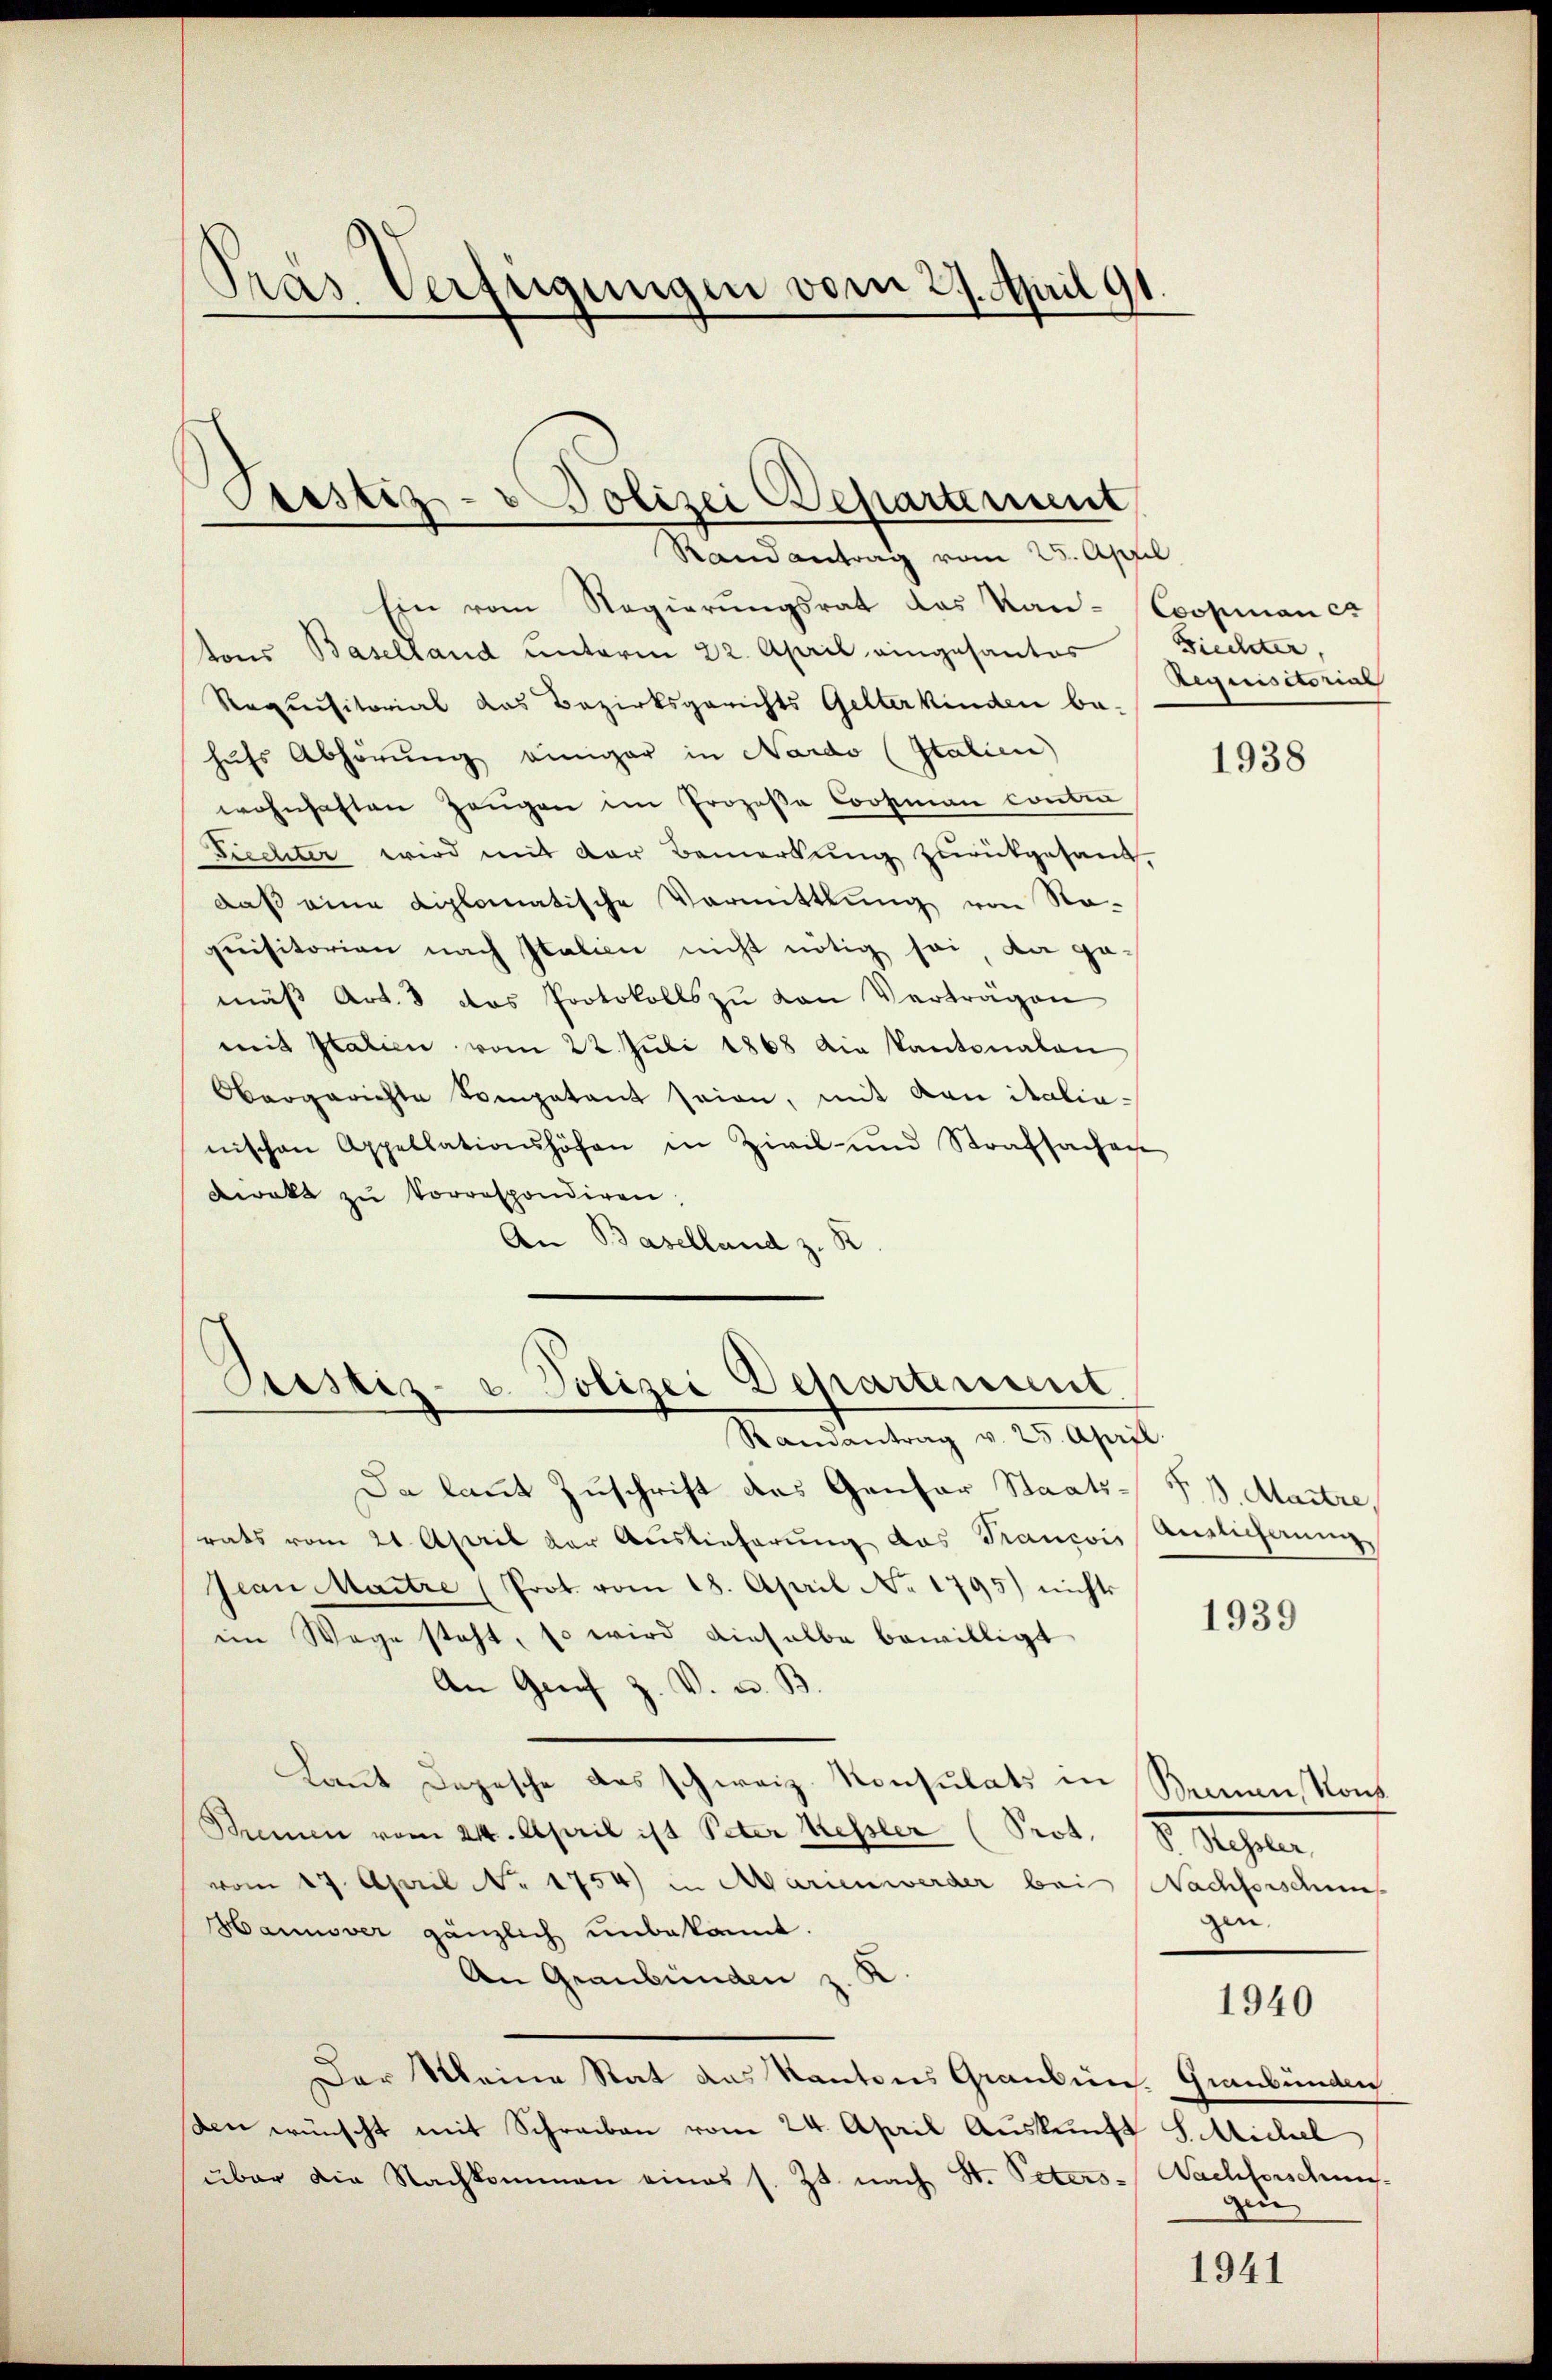
Pras Verfügungen vom 27. April 91

Prestiz- Polizei Departement
Randantrag vom 25. April

Ein vom Regierungsrat das Kan- Scopian es
tons Baselland unterm 22. April eingesantes Ziechter,
Requisitorial das Bezirksgerichts Gelterkinden be-
hufs Abhörung einiger in Nardo (Italien)
wohnhaften Zeŭgen im Prozeße Coosman contra
Frechter wird mit der Bemerkung zurückgesand.
daß eine diplomatische Vormittlung von Sta-
quisitorien nach Italien nicht nötig sei, da ge-
mäβ Art. 3 das Protokolls zŭ von Verträgen
mit Italien vom 22. Juli 1868 die Kantonalen
Obergerichte Compatant seien, mit von italia-
nischen Appellationshöfen in Zivil- und Strafsachen
Direkt zŭ korrespondiren.
An Baselland z. R

Sistiz- u. Polizei Departement
Randantrag v. 25. April.

Da laut Zuschrift des Genfer Staatsrats vom 21. April der Auslieferŭng das Trancois Auslieferung
Jean Maitre (Prot. vom 18. April No 1795) nichts
im Wege steht, so wird dieselbe bewilligt
An Genf z. V. u. B.
Laut Depesche das schweiz. Konsulats in Benen, Kons
Beinen vom 24. April ist Peter Kessler (Prot.
vom 27. April No 1754) in Marienwerder bei Nachforsdum
Hannover gänzlich unbekannt.
An Graubünden z. K.
Der Meine Stat das Kantons Grauben. Graubünden
den wünscht mit Schreiben vom 24. April Auskunft S. Michel
über die Nachkommen eines s. Zt. nach St. Peters-Nachforschens-

Requisitorius

1938

§. 3. Maitre

1939

d. Gegen
gen.

1940

gen

1941